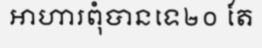
អាហារពុំបានទេ២០ តែ